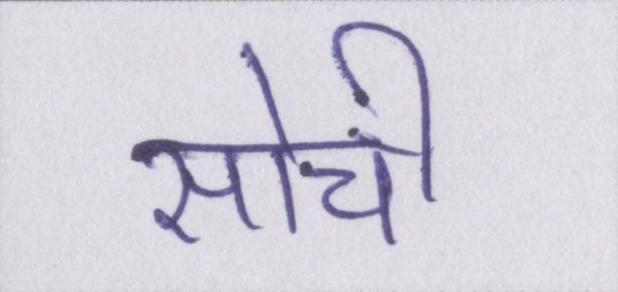
सोची